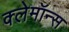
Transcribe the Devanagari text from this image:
क्लेमॉन्स